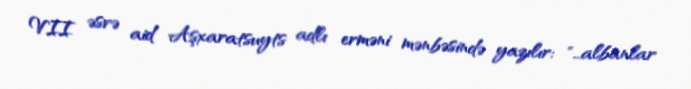
VII əsrə aid Aşxaratsuyts adlı erməni mənbəsində yazılır: "...albanlar